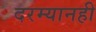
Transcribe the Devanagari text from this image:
दरम्यानही